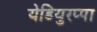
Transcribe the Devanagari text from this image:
येडियुरप्पा